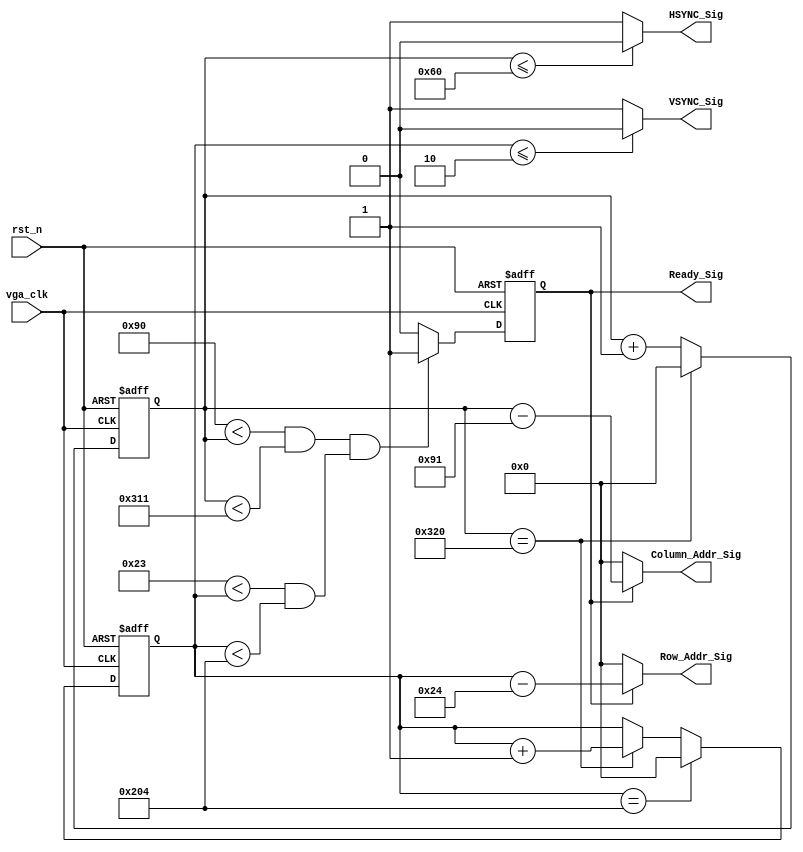

//vga_clk 25.175MHz

module vga_sync_module_640_480_60(
    vga_clk,
    rst_n,
    VSYNC_Sig,
    HSYNC_Sig,
    Ready_Sig,
    Column_Addr_Sig,
    Row_Addr_Sig
    );
    
    input vga_clk;
    input rst_n;
    
    output VSYNC_Sig;
    output HSYNC_Sig;
    output Ready_Sig;
    
    output [10:0]Column_Addr_Sig;
    output [10:0]Row_Addr_Sig;
    
    parameter X1 = 11'd96;
    parameter X2 = 11'd48;
    parameter X3 = 11'd640;
    parameter X4 = 11'd16;
    
    parameter Y1 = 11'd2;
    parameter Y2 = 11'd33;
    parameter Y3 = 11'd480;
    parameter Y4 = 11'd1;
    
    parameter H_POINT = (X1 + X2 + X3 + X4);
    parameter V_POINT = (Y1 + Y2 + Y3 + Y4);
    
    
    //
    reg [10:0]Count_H;
    
    always @(posedge vga_clk or negedge rst_n) begin
        if (!rst_n)
            Count_H <= 11'd0;
        else if(Count_H == H_POINT)
            Count_H <= 11'd0;
        else
            Count_H <= Count_H + 1'b1;
    end
    
    // 
    reg [10:0]Count_V;
    
    always @(posedge vga_clk or negedge rst_n) begin
        if (!rst_n)
            Count_V <= 11'd0;
        else if (Count_V == V_POINT)
            Count_V <= 11'd0;
        else if (Count_H == H_POINT)
            Count_V <= Count_V + 1'b1;
    end
    
    // 
    parameter X_L = (X1 + X2);
    parameter X_H = (X1 + X2 + X3 + 1);
    
    parameter Y_L = (Y1 + Y2);
    parameter Y_H = (Y1 + Y2 + Y3 + 1);
    
    reg isReady;
    
    always @(posedge vga_clk or negedge rst_n) begin
        if (!rst_n)
            isReady <= 1'b0;
        else if ((X_L < Count_H && Count_H < X_H) && (Y_L < Count_V && Count_V < Y_H))
            isReady <= 1'b1;
        else
            isReady <= 1'b0;
    end
    
    assign HSYNC_Sig = (Count_H <= X1) ? 1'b0 : 1'b1;
    assign VSYNC_Sig = (Count_V <= Y1) ? 1'b0 : 1'b1;
    assign Ready_Sig = isReady;
    
    // xy 0
    assign Column_Addr_Sig = isReady ? Count_H - (X_L + 11'd1) : 11'd0;
    assign Row_Addr_Sig = isReady ? Count_V - (Y_L + 11'd1) : 11'd0;
    
endmodule